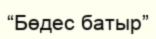
“Бөдес батыр”